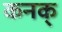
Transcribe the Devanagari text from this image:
कनक्